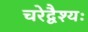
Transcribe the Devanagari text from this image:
चरेद्वैश्यः